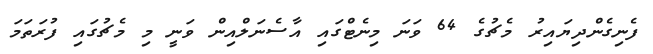
ފެނިގެންދިޔައިރު މެޗުގެ 64 ވަނަ މިނެޓްގައި އާސެނަލްއިން ވަނީ މި މެޗުގައި ފުރަތަމަ